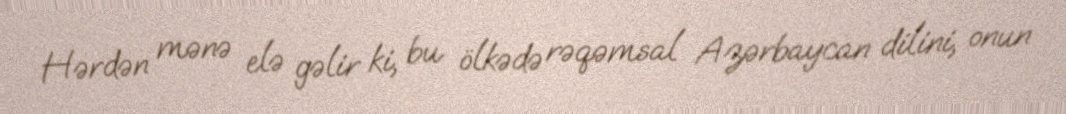
Hərdən mənə elə gəlir ki, bu ölkədə rəqəmsal Azərbaycan dilini, onun